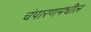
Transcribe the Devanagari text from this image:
चंपारणमधील